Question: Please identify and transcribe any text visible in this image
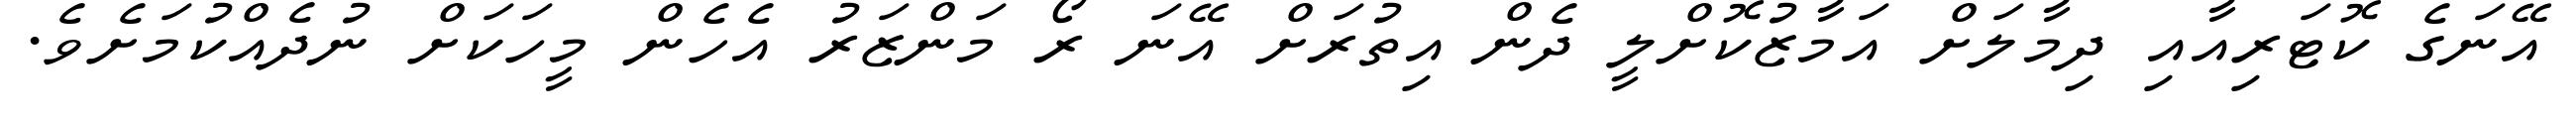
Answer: އޭނަގެ ކޮޓަރިއާއި ދިމާލަށް އަމާޒުކޮށްލީ ދެން އިތުރަށް އޭނަ ރޯ މަންޒަރު އެހެން މީހަކަށް ނުދެއްކުމަށެވެ.